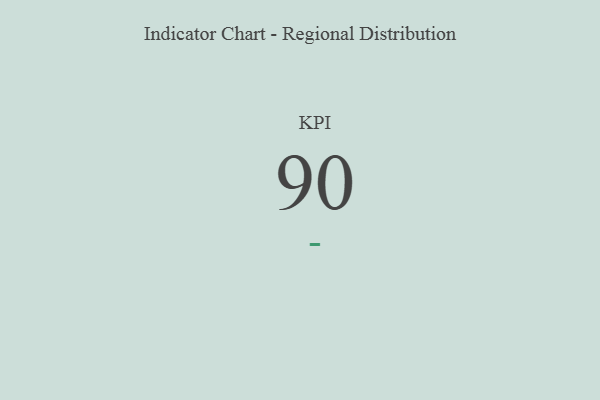
{"axis": {"x": "KPI", "y": "Value"}, "legend": [""], "data": [{"x": "KPI", "y": 90, "type": ""}]}